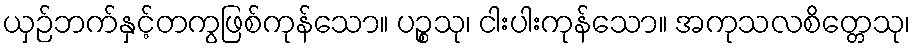
ယှဉ်ဘက်နှင့်တကွဖြစ်ကုန်သော။ ပဉ္စသု၊ ငါးပါးကုန်သော။ အကုသလစိတ္တေသု၊